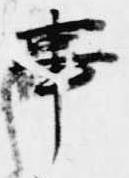
事